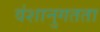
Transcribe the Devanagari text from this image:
वंशानुगतता